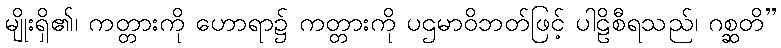
မျိုးရှိ၏၊ ကတ္တားကို ဟောရာ၌ ကတ္တားကို ပဌမာဝိဘတ်ဖြင့် ပါဠိစီရသည်၊ ဂစ္ဆတိ”